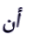
أن